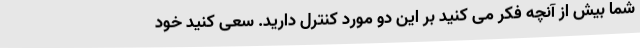
شما بیش از آنچه فکر می کنید بر این دو مورد کنترل دارید. سعی کنید خود